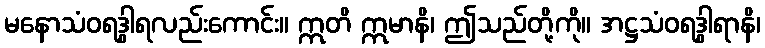
မနောသံဝရဒွါရလည်းကောင်း။ ဣတိ ဣမာနိ၊ ဤသည်တို့ကို။ အဋ္ဌသံဝရဒွါရာနိ၊